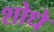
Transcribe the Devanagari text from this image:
शोधे